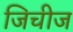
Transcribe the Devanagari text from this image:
जिचीज